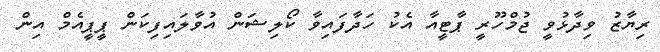
ރިޔާޒު ވިދާޅުވީ ޖުމްހޫރީ ޕާޓީއާ އެކު ހަދާފައިވާ ކޯލިޝަން އުވާލައިފިކަން ޕީޕީއެމް އިން